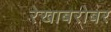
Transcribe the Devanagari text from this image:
रेखाबरोबर